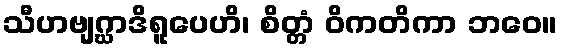
သီဟဗျဂ္ဃာဒိရူပေဟိ၊ စိတ္တံ ဝိကတိကာ ဘဝေ။